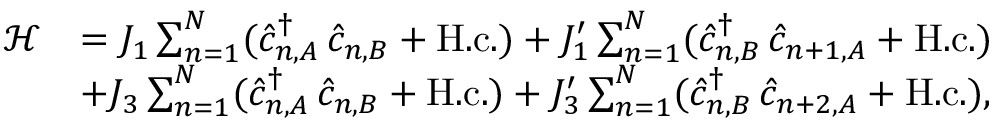
\begin{array} { r l } { \mathcal { H } } & { = J _ { 1 } \sum _ { n = 1 } ^ { N } ( \hat { c } _ { n , A } ^ { \dagger } \, \hat { c } _ { n , B } + \mathrm { H . c . } ) + J _ { 1 } ^ { \prime } \sum _ { n = 1 } ^ { N } ( \hat { c } _ { n , B } ^ { \dagger } \, \hat { c } _ { n + 1 , A } + \mathrm { H . c . } ) } \\ & { + J _ { 3 } \sum _ { n = 1 } ^ { N } ( \hat { c } _ { n , A } ^ { \dagger } \, \hat { c } _ { n , B } + \mathrm { H . c . } ) + J _ { 3 } ^ { \prime } \sum _ { n = 1 } ^ { N } ( \hat { c } _ { n , B } ^ { \dagger } \, \hat { c } _ { n + 2 , A } + \mathrm { H . c . } ) , } \end{array}